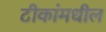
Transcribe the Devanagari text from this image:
टीकांमधील